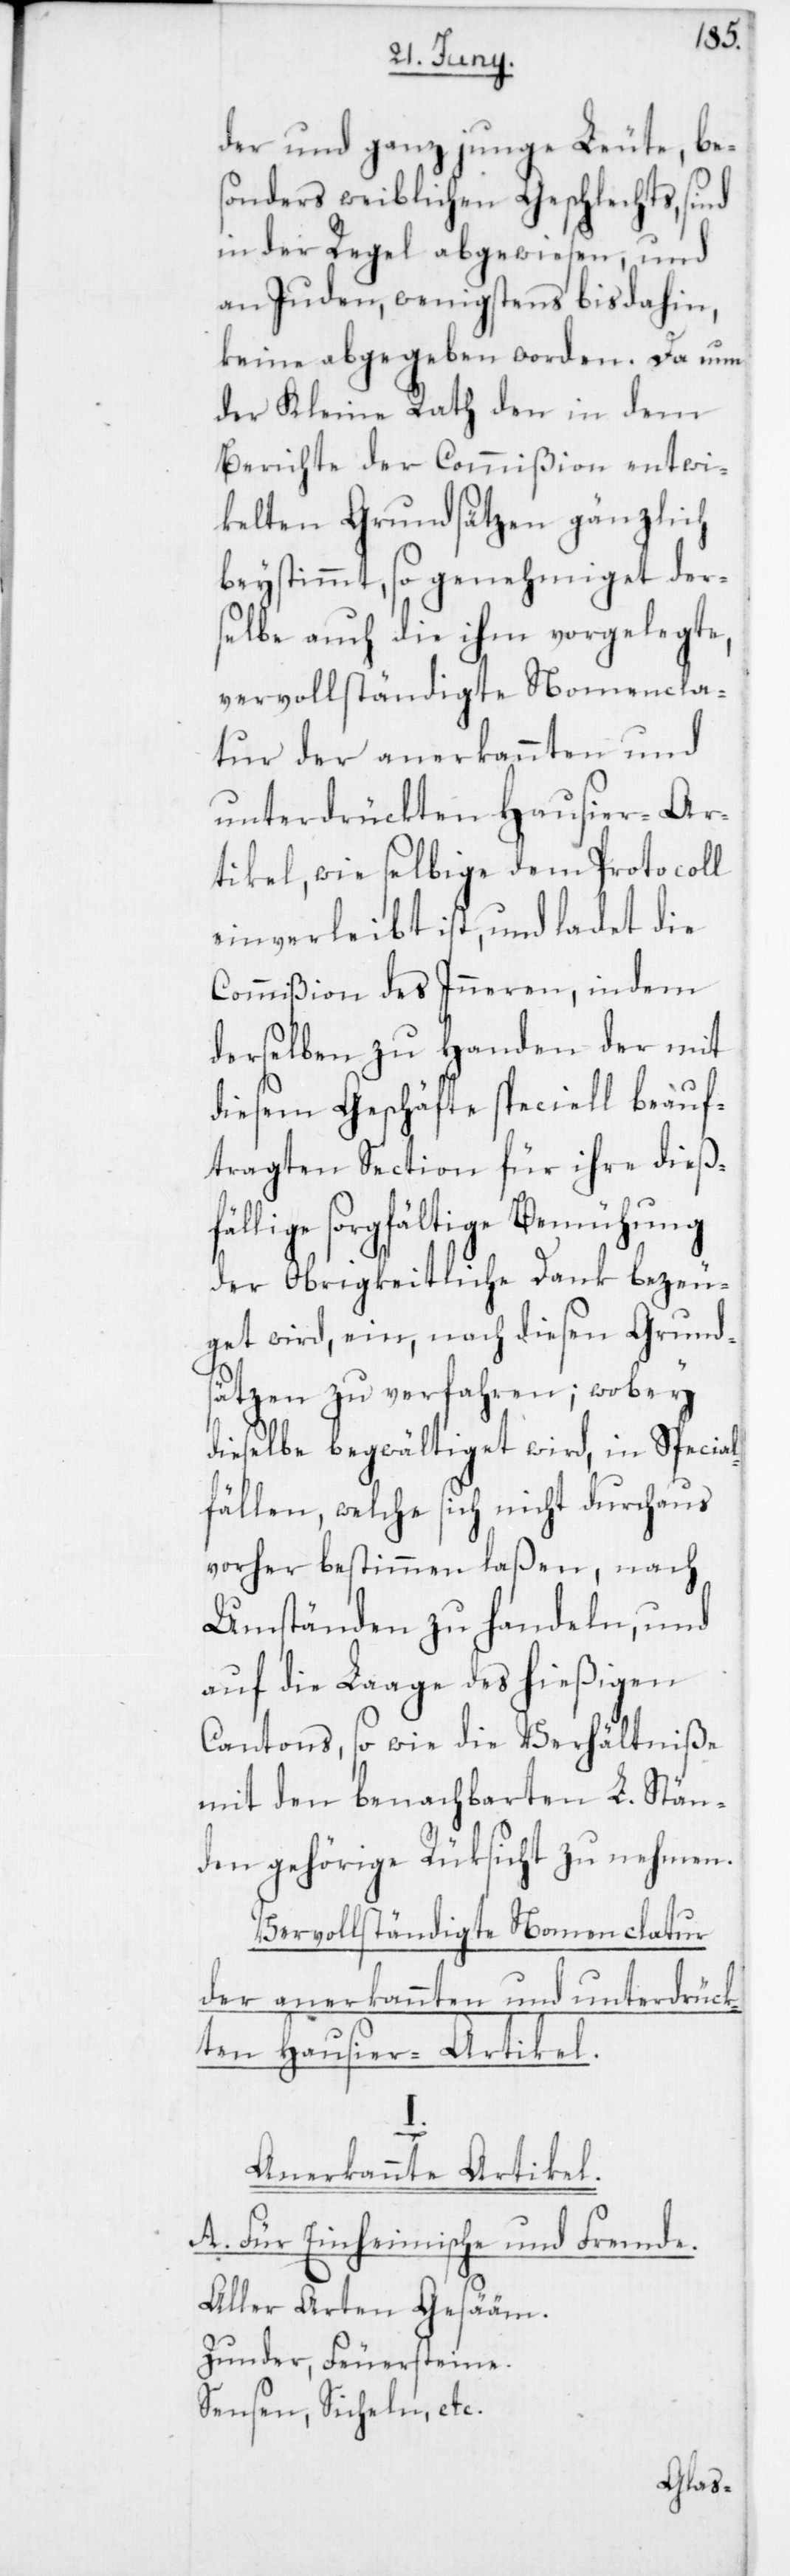
der und ganz junge Leute, be¬
sonders weiblichen Geschlechts, sind
in der Regel abgewiesen, und
an Juden, wenigstens bis dahin,
keine abgegeben worden. Da nun
der Kleine Rath den in dem
Berichte der Commißion entwi¬
kelten Grundsätzen gänzlich
beystimmt, so genehmiget der¬
selbe auch die ihm vorgelegte,
vervollständigte Nomencla¬
tur der anerkannten und
unterdrückten Hausier-Ar¬
tikel, wie selbige dem Protocoll
einverleibt ist, und ladet die
Commißion des Inneren, indem
derselben zu Handen der mit
diesem Geschäfte speciell beauf¬
tragten Section für ihre dießf¬
ällige sorgfältige Bemühung
der Obrigkeitliche Dank bezeu¬
get wird, ein, nach diesen Grund¬
sätzen zu verfahren; wobey
dieselbe begwältiget wird, in Special¬
fällen, welche sich nicht durchaus
vorher bestimmen laßen, nach
Umständen zu handeln, und
auf die Laage des hießigen
Cantons, sowie die Verhältniße
mit den benachbarten L. Stän¬
den gehörige Rüksicht zu nehmen.
Vervollständigte Nomenclatur
der anerkannten und unterdrück¬
ten Hausier-Artikel.
Anerkannte Artikel.
A. Für Einheimische und Fremde.
Aller Arten Gesääm.
Zunder, Feuersteine.
Sensen, Sicheln, etc.